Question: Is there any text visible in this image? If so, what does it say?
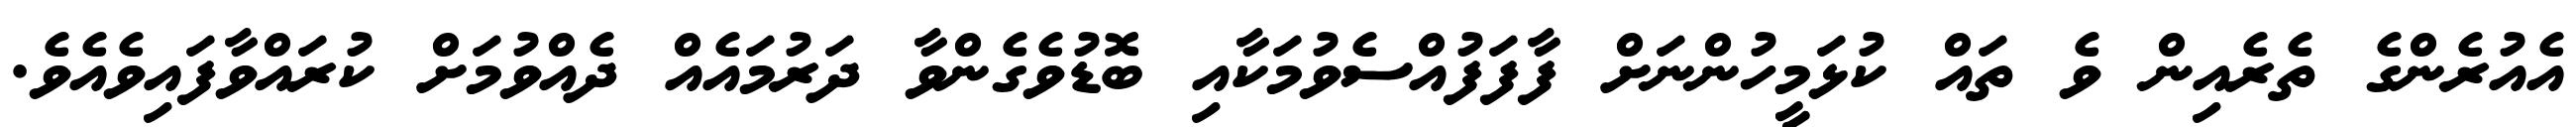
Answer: އެއުރެންގެ ތެރެއިން ވެ ތައް ކުޅަމީހުންނަށް ފާފަފުއްސެވުމަކާއި ބޮޑުވެގެންވާ ދަރުމައެއް ދެއްވުމަށް ކުރައްވާފައިވެއެވެ.